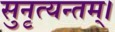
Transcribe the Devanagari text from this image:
सुनृत्यन्तम्‌।